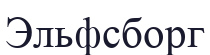
Эльфсборг